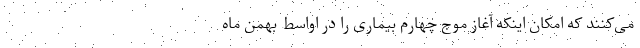
می‌کنند که امکان اینکه آغاز موج چهارم بیماری را در اواسط بهمن ماه